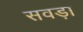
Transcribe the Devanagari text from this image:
सवड़ा